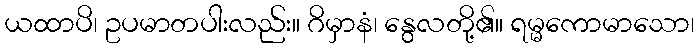
ယထာပိ၊ ဥပမာတပါးလည်း။ ဂိမှာနံ၊ နွေလတို့၏။ ရမ္မကောမာသော၊